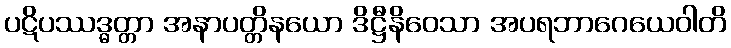
ပဋိပဿဒ္ဓတ္တာ အနာပတ္တိနယော ဒိဋ္ဌီနိဝေသာ အပရဘာဂေယေဝါတိ